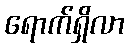
ရောက်ရှိလာ